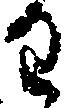
わ